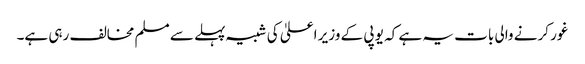
غور کرنے والی بات یہ ہے کہ یو پی کے وزیر اعلیٰ کی شبیہ پہلے سے مسلم مخالف رہی ہے۔